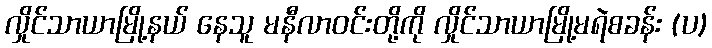
လှိုင်သာယာမြို့နယ် နေသူ မနီလာဝင်းတို့ကို လှိုင်သာယာမြို့မရဲစခန်း (ပ)